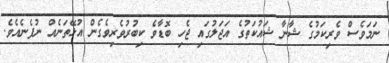
ނަމަވެސް ވެރިކަމުގެ ޝާނާ ޝައުކަތުގެ އަޖަލުގައި ޖެހި ބޮޑާވެ ކިބުރުވެރިވެގެން އުޅޭތަނެއް ނުފެނެއެވެ.